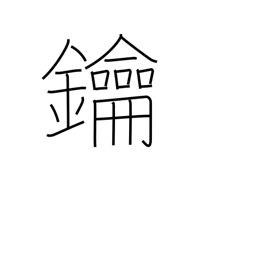
Meaning: lock